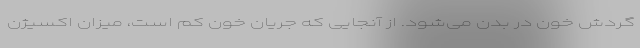
گردش خون در بدن می‌شود. از آنجایی که جریان خون کم است، میزان اکسیژن